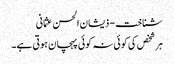
شناخت - ذیشان الحسن عثمانی
ہر شخص کی کوئی نہ کوئی پہچان ہوتی ہے۔